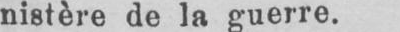
nistère de la guerre.